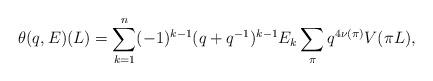
LaTeX: \begin{align*}\theta(q,E)(L) = \sum_{k=1}^n (-1)^{k-1} (q+q^{-1})^{k-1} E_k \sum_{\pi} q^{4\nu(\pi)} V(\pi L), \end{align*}